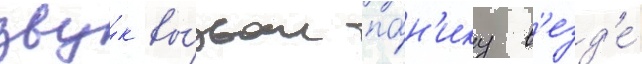
зву́к вы́звал па́н'ику в'езд'е́